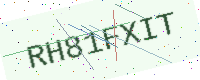
Text: RH81FXIT